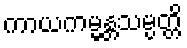
ကာယကမ္မန္တသမ္ပတ္တိ